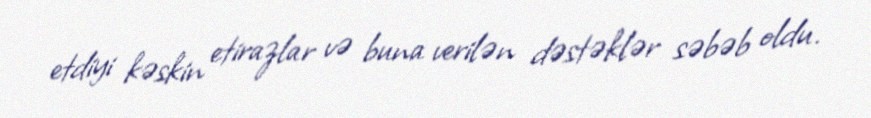
etdiyi kəskin etirazlar və buna verilən dəstəklər səbəb oldu.